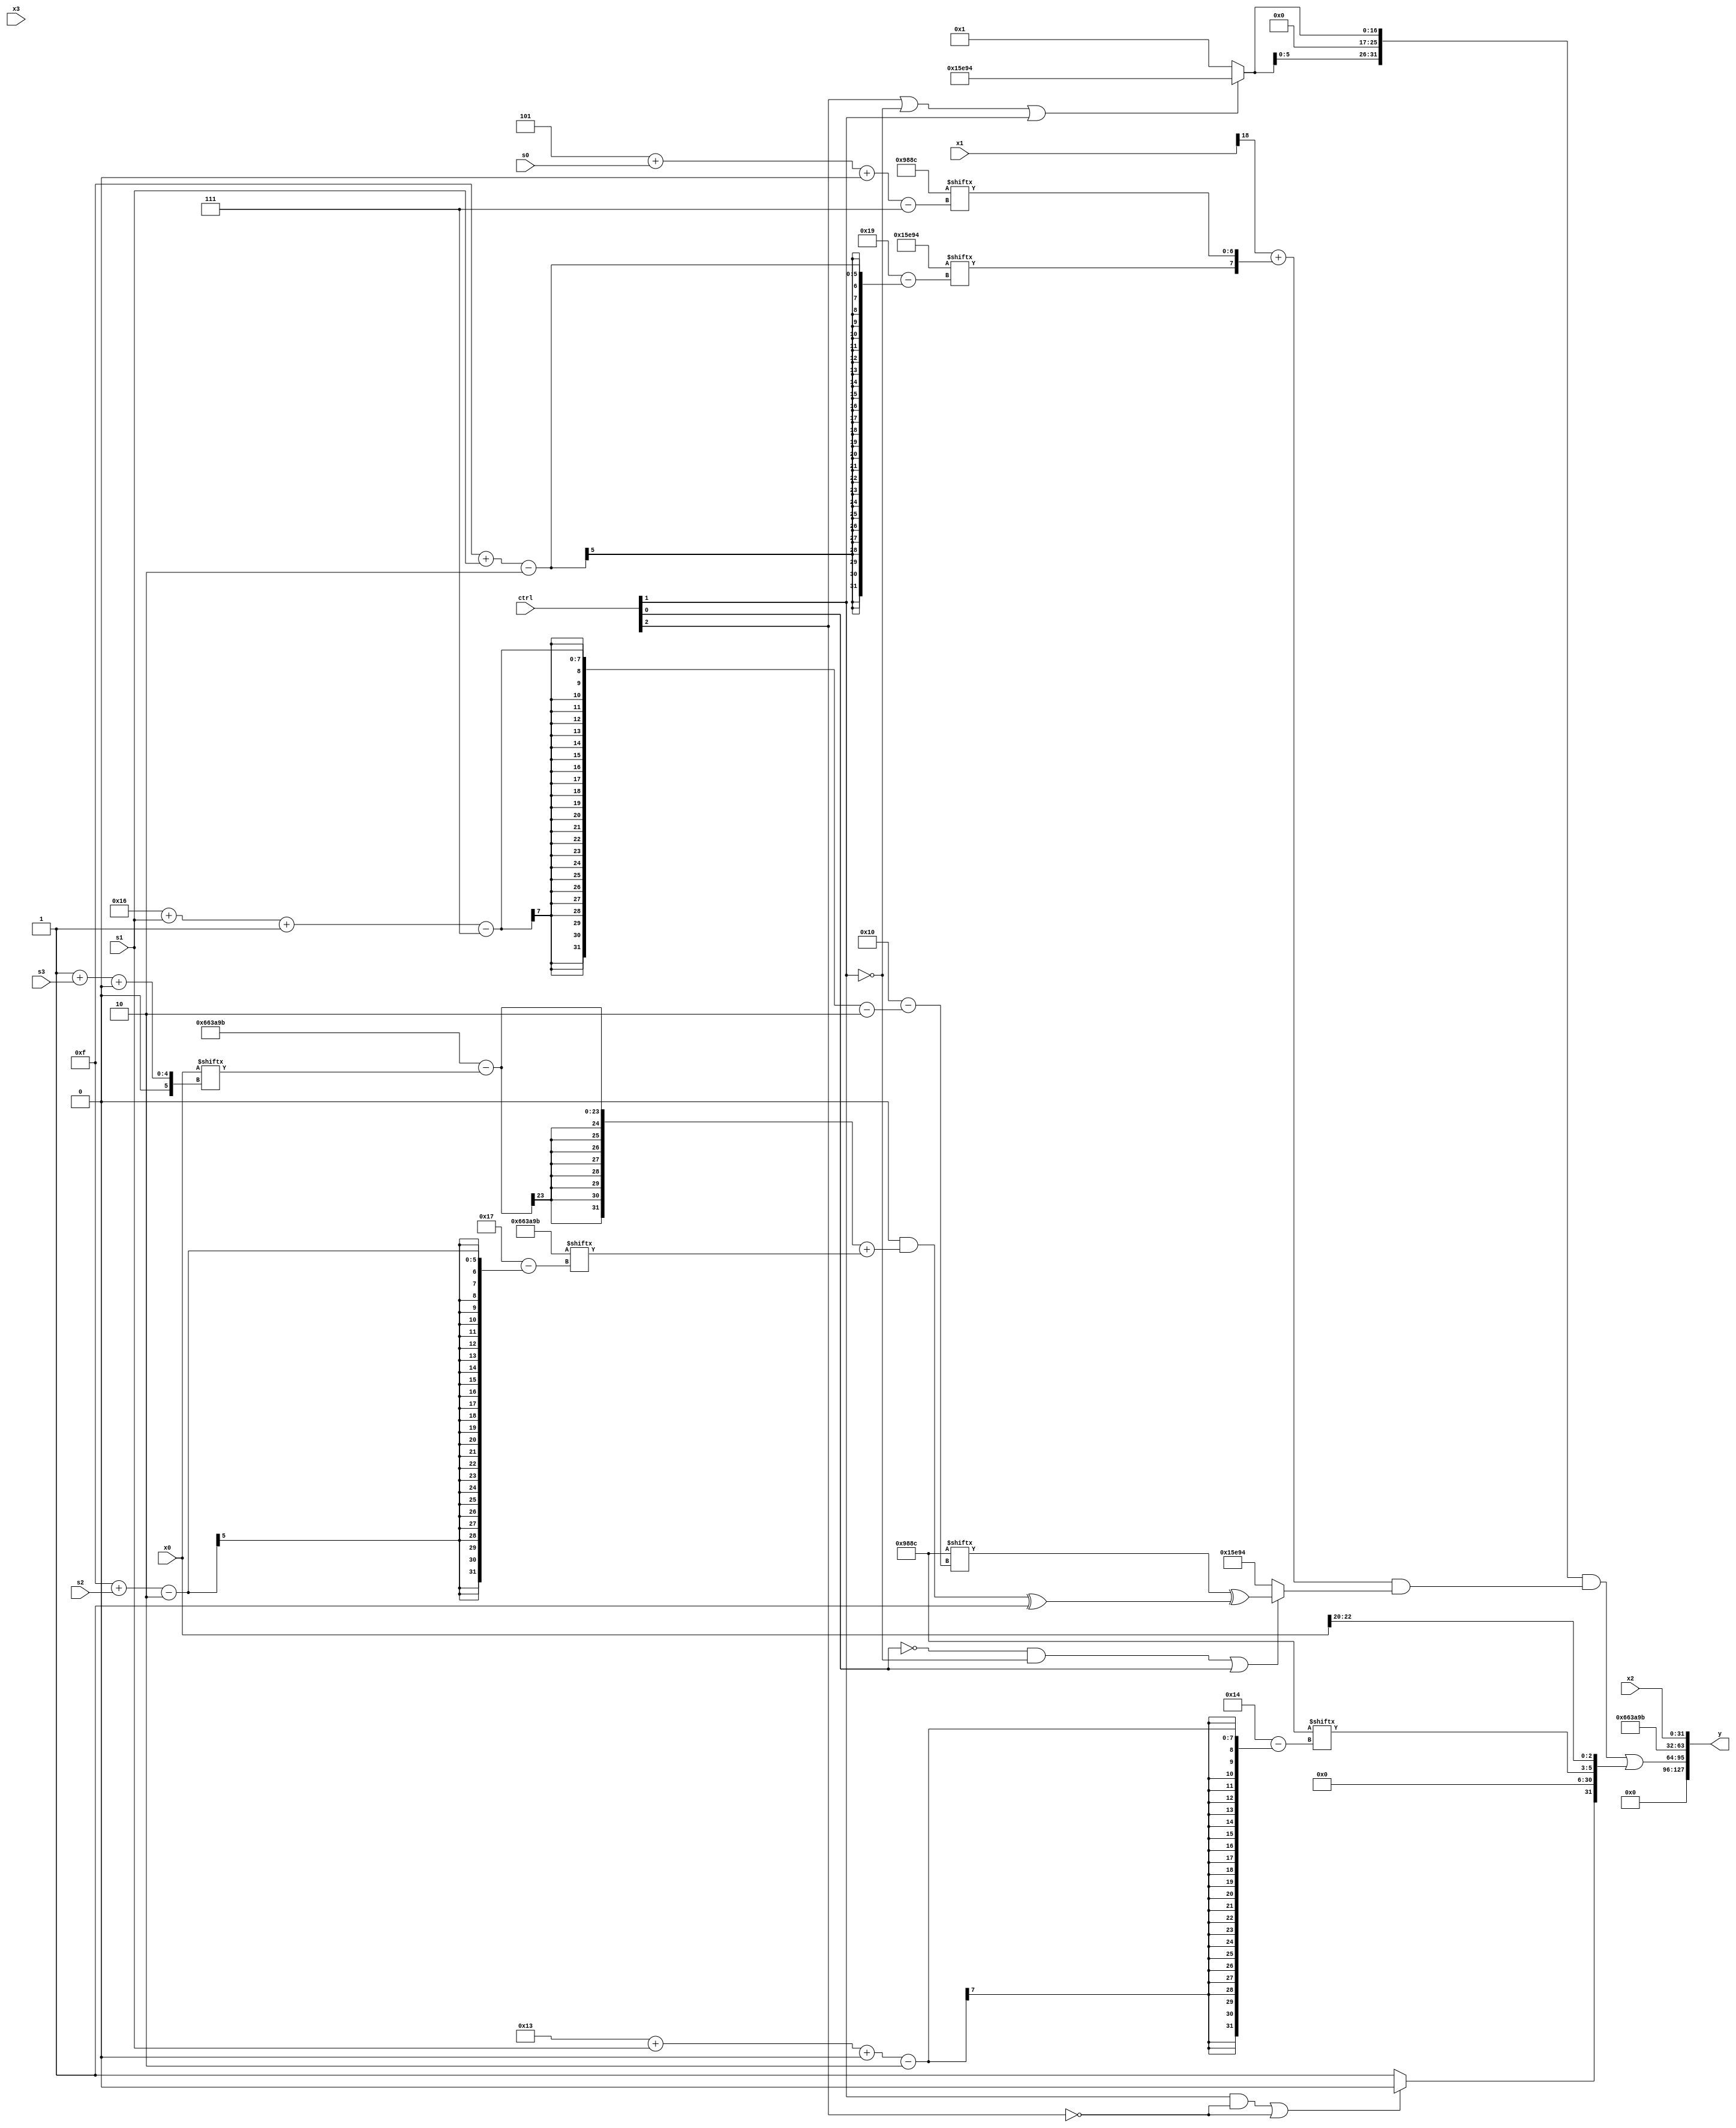
module partsel_00744(ctrl, s0, s1, s2, s3, x0, x1, x2, x3, y);
  input [3:0] ctrl;
  input [2:0] s0;
  input [2:0] s1;
  input [2:0] s2;
  input [2:0] s3;
  input signed [31:0] x0;
  input signed [31:0] x1;
  input [31:0] x2;
  input [31:0] x3;
  wire [2:24] x4;
  wire signed [2:24] x5;
  wire [1:31] x6;
  wire signed [5:27] x7;
  wire signed [6:29] x8;
  wire [3:30] x9;
  wire [24:5] x10;
  wire [6:30] x11;
  wire signed [25:0] x12;
  wire [7:26] x13;
  wire [30:7] x14;
  wire [4:25] x15;
  output [127:0] y;
  wire signed [31:0] y0;
  wire [31:0] y1;
  wire signed [31:0] y2;
  wire signed [31:0] y3;
  assign y = {y0,y1,y2,y3};
  localparam signed [24:7] p0 = 56662156;
  localparam signed [2:25] p1 = 57031323;
  localparam [27:2] p2 = 87558084;
  localparam [2:27] p3 = 738287252;
  assign x4 = {p3, {2{((x2[16 + s0] | p0[4 + s3 -: 4]) & (p3[11 + s3 +: 1] & (!ctrl[1] && ctrl[3] || !ctrl[0] ? p1[8] : x0)))}}};
  assign x5 = p0;
  assign x6 = x1[12 +: 1];
  assign x7 = x1[18 -: 1];
  assign x8 = (((!ctrl[2] || ctrl[3] && !ctrl[3] ? x6 : x3[6 + s0]) ^ (!ctrl[0] && ctrl[3] && !ctrl[2] ? x4[18 +: 1] : ({2{p1[19 + s1]}} | p2[12 + s0]))) & x3);
  assign x9 = x5[19 + s1 +: 3];
  assign x10 = p3;
  assign x11 = {2{{p1[5 + s0 -: 5], ({2{{(p1[8 + s2] ^ p3[21 -: 2]), (p3[18 +: 2] ^ p1[14 + s0])}}} ^ x7[25 + s0 -: 2])}}};
  assign x12 = (p3[8 + s2 +: 2] | p3);
  assign x13 = p2;
  assign x14 = {p3, {x0, x10}};
  assign x15 = p2[2 + s0 +: 2];
  assign y0 = x5[10];
  assign y1 = (({2{(ctrl[2] || !ctrl[1] || ctrl[1] ? p3 : p1[18])}} & ((x7 + {p3[15 + s1], p0[5 + s0 +: 7]}) & (!ctrl[0] && !ctrl[1] || ctrl[0] ? (x5[22 + s1 -: 7] ^ ((p0[23] & ((p1 - x0[1 + s3 +: 4]) + p1[15 + s2])) ^ p3[13])) : x10))) | {{2{x7}}, {{2{(ctrl[1] && !ctrl[2] || !ctrl[2] ? x5 : p0[19 +: 4])}}, (ctrl[0] || !ctrl[0] && !ctrl[0] ? {x9, x0[22 -: 3]} : (p0[29 + s1 +: 1] & p2[19 -: 3]))}});
  assign y2 = p1;
  assign y3 = x2;
endmodule